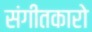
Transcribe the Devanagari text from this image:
संगीतकारो